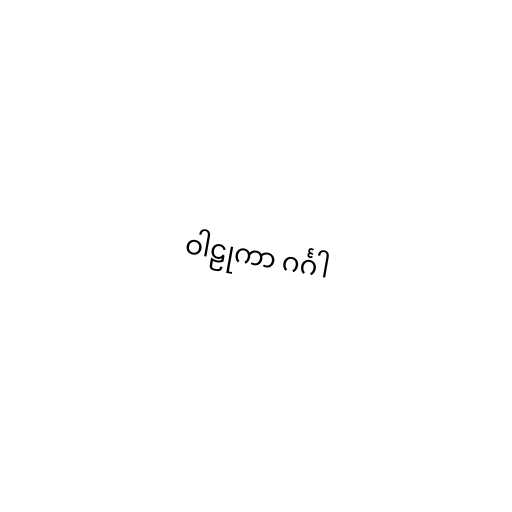
ဝါဠုကာ ဂင်္ဂါ